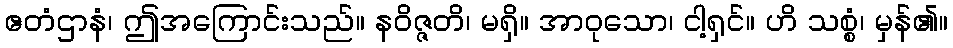
ဧတံဌာနံ၊ ဤအကြောင်းသည်။ နဝိဇ္ဇတိ၊ မရှိ။ အာဝုသော၊ ငါ့ရှင်။ ဟိ သစ္စံ၊ မှန်၏။